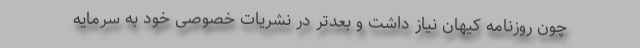
چون روزنامه کیهان نیاز داشت و بعدتر در نشریات خصوصی خود به سرمایه